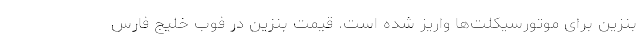
بنزین برای موتورسیکلت‌ها واریز شده است. قیمت بنزین در فوب خلیج فارس